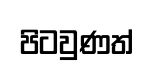
පිටවුණත්